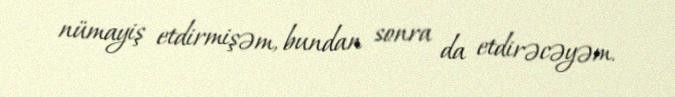
nümayiş etdirmişəm, bundan sonra da etdirəcəyəm.